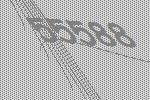
55588